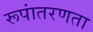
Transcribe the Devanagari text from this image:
रूपांतरणता